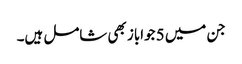
جن میں 5 جواباز بھی شامل ہیں۔